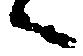
ヘ